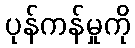
ပုန်ကန်မှုကို